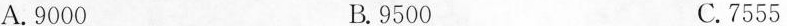
A.9000 B.9500 C.7555